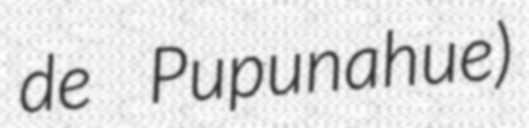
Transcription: de Pupunahue)